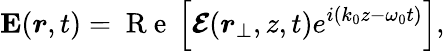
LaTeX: \textbf{E}({\boldsymbol{r}},t)=\mathrm{~R~e~}\left[\boldsymbol{\mathcal{E}}({\boldsymbol{r}}_{\perp},z,t)e^{i(k_{0}z-\omega_{0}t)}\right],